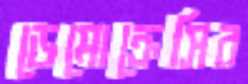
ডেমোক্রেসির